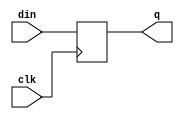
// Model a simple flip flop
// Output follows input on clock edge
module flop(
   input clk,
   input din,
   output reg q
);

always@(posedge clk)
   q <= din;

endmodule